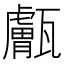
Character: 𤮣